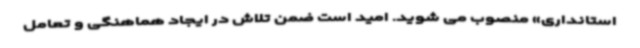
استانداری» منصوب می شوید. امید است ضمن تلاش در ایجاد هماهنگی و تعامل